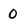
Character: 0